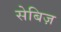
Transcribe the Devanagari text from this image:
सेबिज़